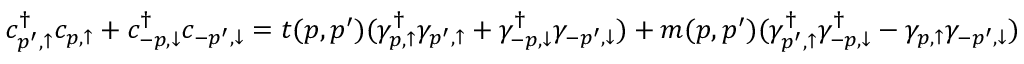
c _ { p ^ { \prime } , \uparrow } ^ { \dag } c _ { p , \uparrow } + c _ { - p , \downarrow } ^ { \dag } c _ { - p ^ { \prime } , \downarrow } = t ( p , p ^ { \prime } ) ( \gamma _ { p , \uparrow } ^ { \dag } \gamma _ { p ^ { \prime } , \uparrow } + \gamma _ { - p , \downarrow } ^ { \dag } \gamma _ { - p ^ { \prime } , \downarrow } ) + m ( p , p ^ { \prime } ) ( \gamma _ { p ^ { \prime } , \uparrow } ^ { \dag } \gamma _ { - p , \downarrow } ^ { \dag } - \gamma _ { p , \uparrow } \gamma _ { - p ^ { \prime } , \downarrow } )